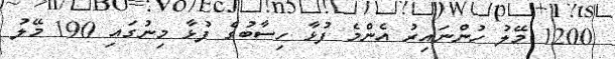
1200 މޭލު ހުންނައިރު އެންމެ ފުޅާ ހިސާބުގެ ފުޅާ މިނުގައި 190 މޭލު